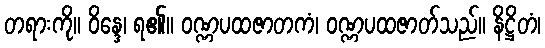
တရားကို။ ဝိန္ဒေ၊ ရ၏။ ဝဏ္ဏပထဇာတကံ၊ ဝဏ္ဏပထဇာတ်သည်။ နိဋ္ဌိတံ၊